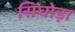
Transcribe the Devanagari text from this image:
सिंघोड़ा